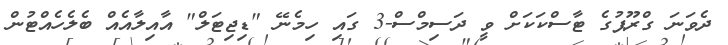
ދެވަނަ ގްރޫޕުގެ ޓާސްކަކަށް ވީ ދަސިމްސް-3 ގައި ހިމެނޭ "ޑިޖިޓަލް" އާއިލާއެއް ބެލެހެއްޓުން